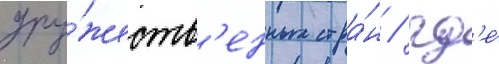
дру́жеств'енных стра́н / гд'е́